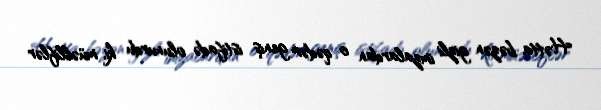
Hətta bəzən gizli imzalardan o qədər geniş istifadə olunurdu ki, müəlliflər